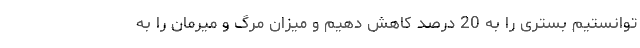
توانستیم بستری را به 20 درصد کاهش دهیم و میزان مرگ و میرمان را به